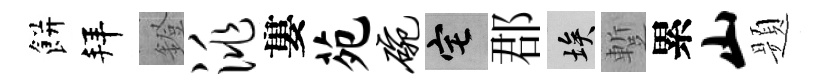
餅拜鐙洮婁苑碗宅郡埃蹔累山题